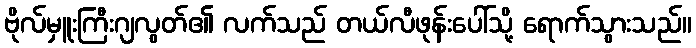
ဗိုလ်မှူးကြီးဂျလွတ်၏ လက်သည် တယ်လီဖုန်းပေါ်သို့ ရောက်သွားသည်။